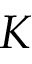
K